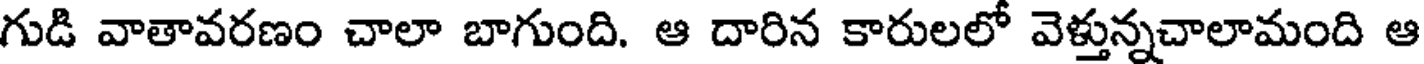
గుడి వాతావరణం చాలా బాగుంది. ఆ దారిన కారులలో వెళ్తున్నచాలామంది ఆ